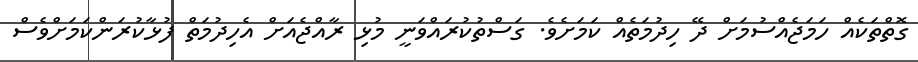
ގޮތްތަކެއް ހަމަޖެއްސުމަށް ދޭ ހިދުމަތެއް ކަމަށެވެ. ގަސްތުކުރައްވަނީ މުޅި ރާއްޖެއަށް އެހިދުމަތް ފުޅާކުރަންކަމަށްވެސް